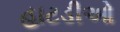
હાટડીઓ